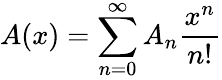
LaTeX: A(x)=\sum_{n=0}^{\infty}A_{n}{\frac{x^{n}}{n!}}